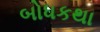
બોધકથા